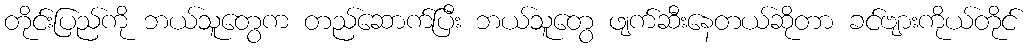
တိုင်းပြည်ကို ဘယ်သူတွေက တည်ဆောက်ပြီး ဘယ်သူတွေ ဖျက်ဆီးနေတယ်ဆိုတာ ခင်ဗျားကိုယ်တိုင်